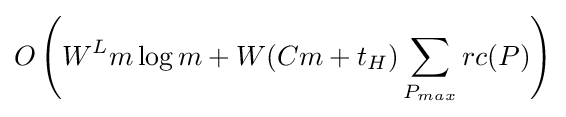
O\left(W^{L}m\log m+W(Cm+t_{H})\sum _{P_{max}}{rc(P)}\right)